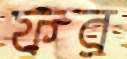
ফর